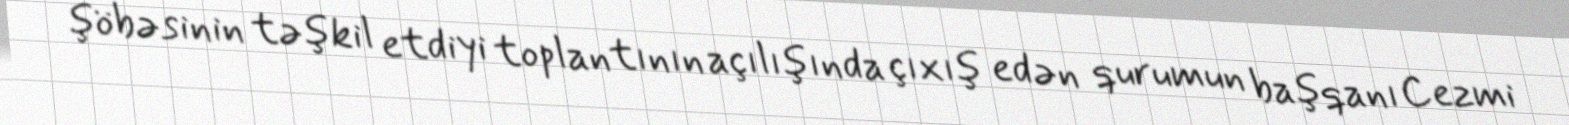
şöbəsinin təşkil etdiyi toplantının açılışında çıxış edən qurumun başqanı Cezmi